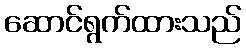
ဆောင်ရွက်ထားသည်